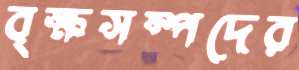
বৃক্ষসম্পদের